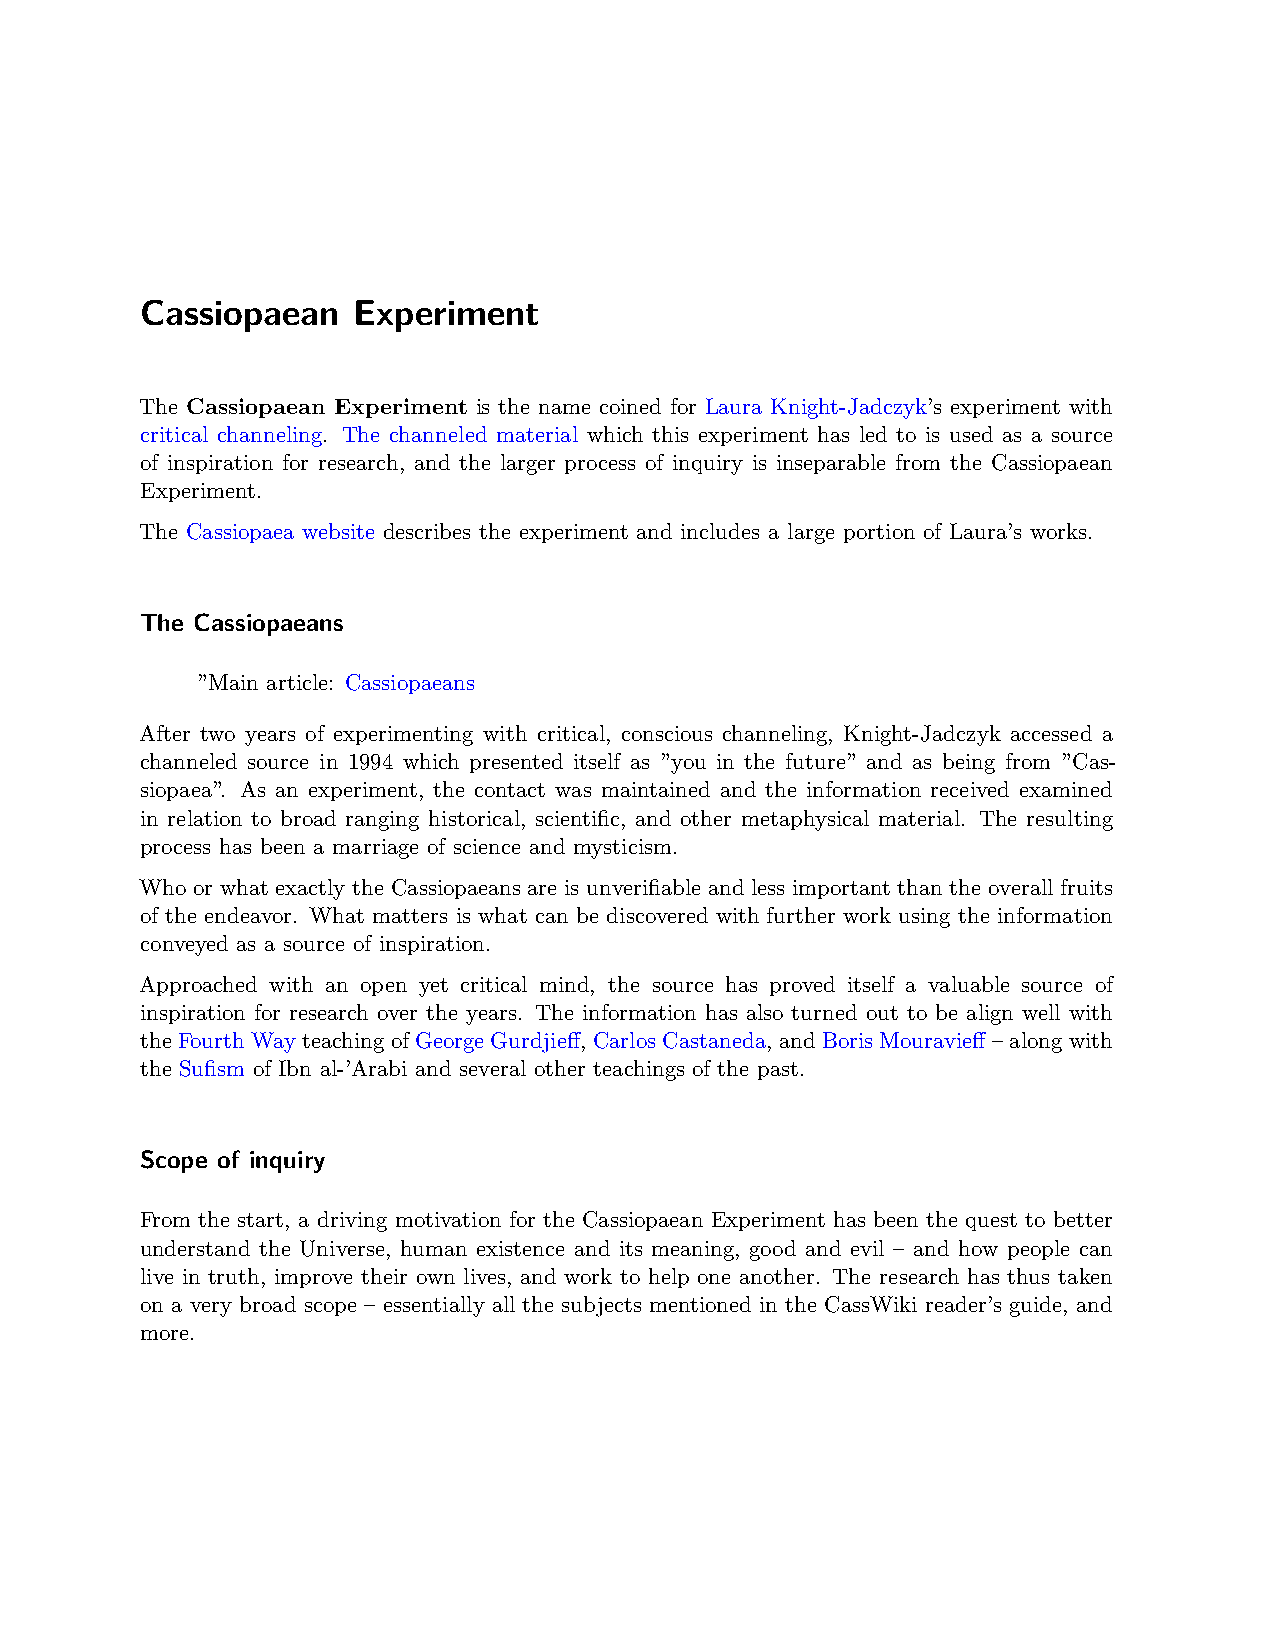
Cassiopaean   Experiment
 The Cassiopaean Experiment is the name coined for Laura Knight-Jadczyk’s experiment with
 critical channeling. The channeled material which this experiment has led to is used as a source
 of inspiration for research, and the larger process of inquiry is inseparable from the Cassiopaean
 Experiment.
 The Cassiopaea website describes the experiment and includes a large portion of Laura’s works.
 The Cassiopaeans
 ”Main article: Cassiopaeans
 After two years of experimenting with critical, conscious channeling, Knight-Jadczyk accessed a
 channeled source in 1994 which presented itself as ”you in the future” and as being from ”Cas-
 siopaea”. As an experiment, the contact was maintained and the information received examined
 in relation to broad ranging historical, scientific, and other metaphysical material. The resulting
 process has been a marriage of science and mysticism.
 Who or what exactly the Cassiopaeans are is unverifiable and less important than the overall fruits
 of the endeavor. What matters is what can be discovered with further work using the information
 conveyed as a source of inspiration.
 Approached with an open yet critical mind, the source has proved itself a valuable source of
 inspiration for research over the years. The information has also turned out to be align well with
 theFourthWayteachingofGeorgeGurdjieff, CarlosCastaneda, andBorisMouravieff–alongwith
 the Sufism of Ibn al-’Arabi and several other teachings of the past.
 Scope of inquiry
 From the start, a driving motivation for the Cassiopaean Experiment has been the quest to better
 understand the Universe, human existence and its meaning, good and evil – and how people can
 live in truth, improve their own lives, and work to help one another. The research has thus taken
 on a very broad scope – essentially all the subjects mentioned in the CassWiki reader’s guide, and
 more.